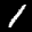
Label: 1